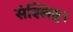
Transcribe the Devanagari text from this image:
संश्लिष्ट।